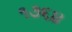
૧૭૬૪